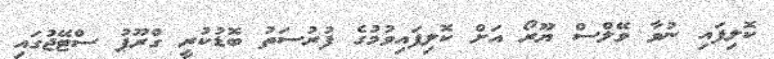
ކޮލިފައި ނުވާ ވޭލްސް ޔޫރޯ އަށް ކޮލިފައިވުމުގެ ފުރުސަތު ބޮޑުކުރީ ގްރޫޕު ސްޓޭޖުގައި